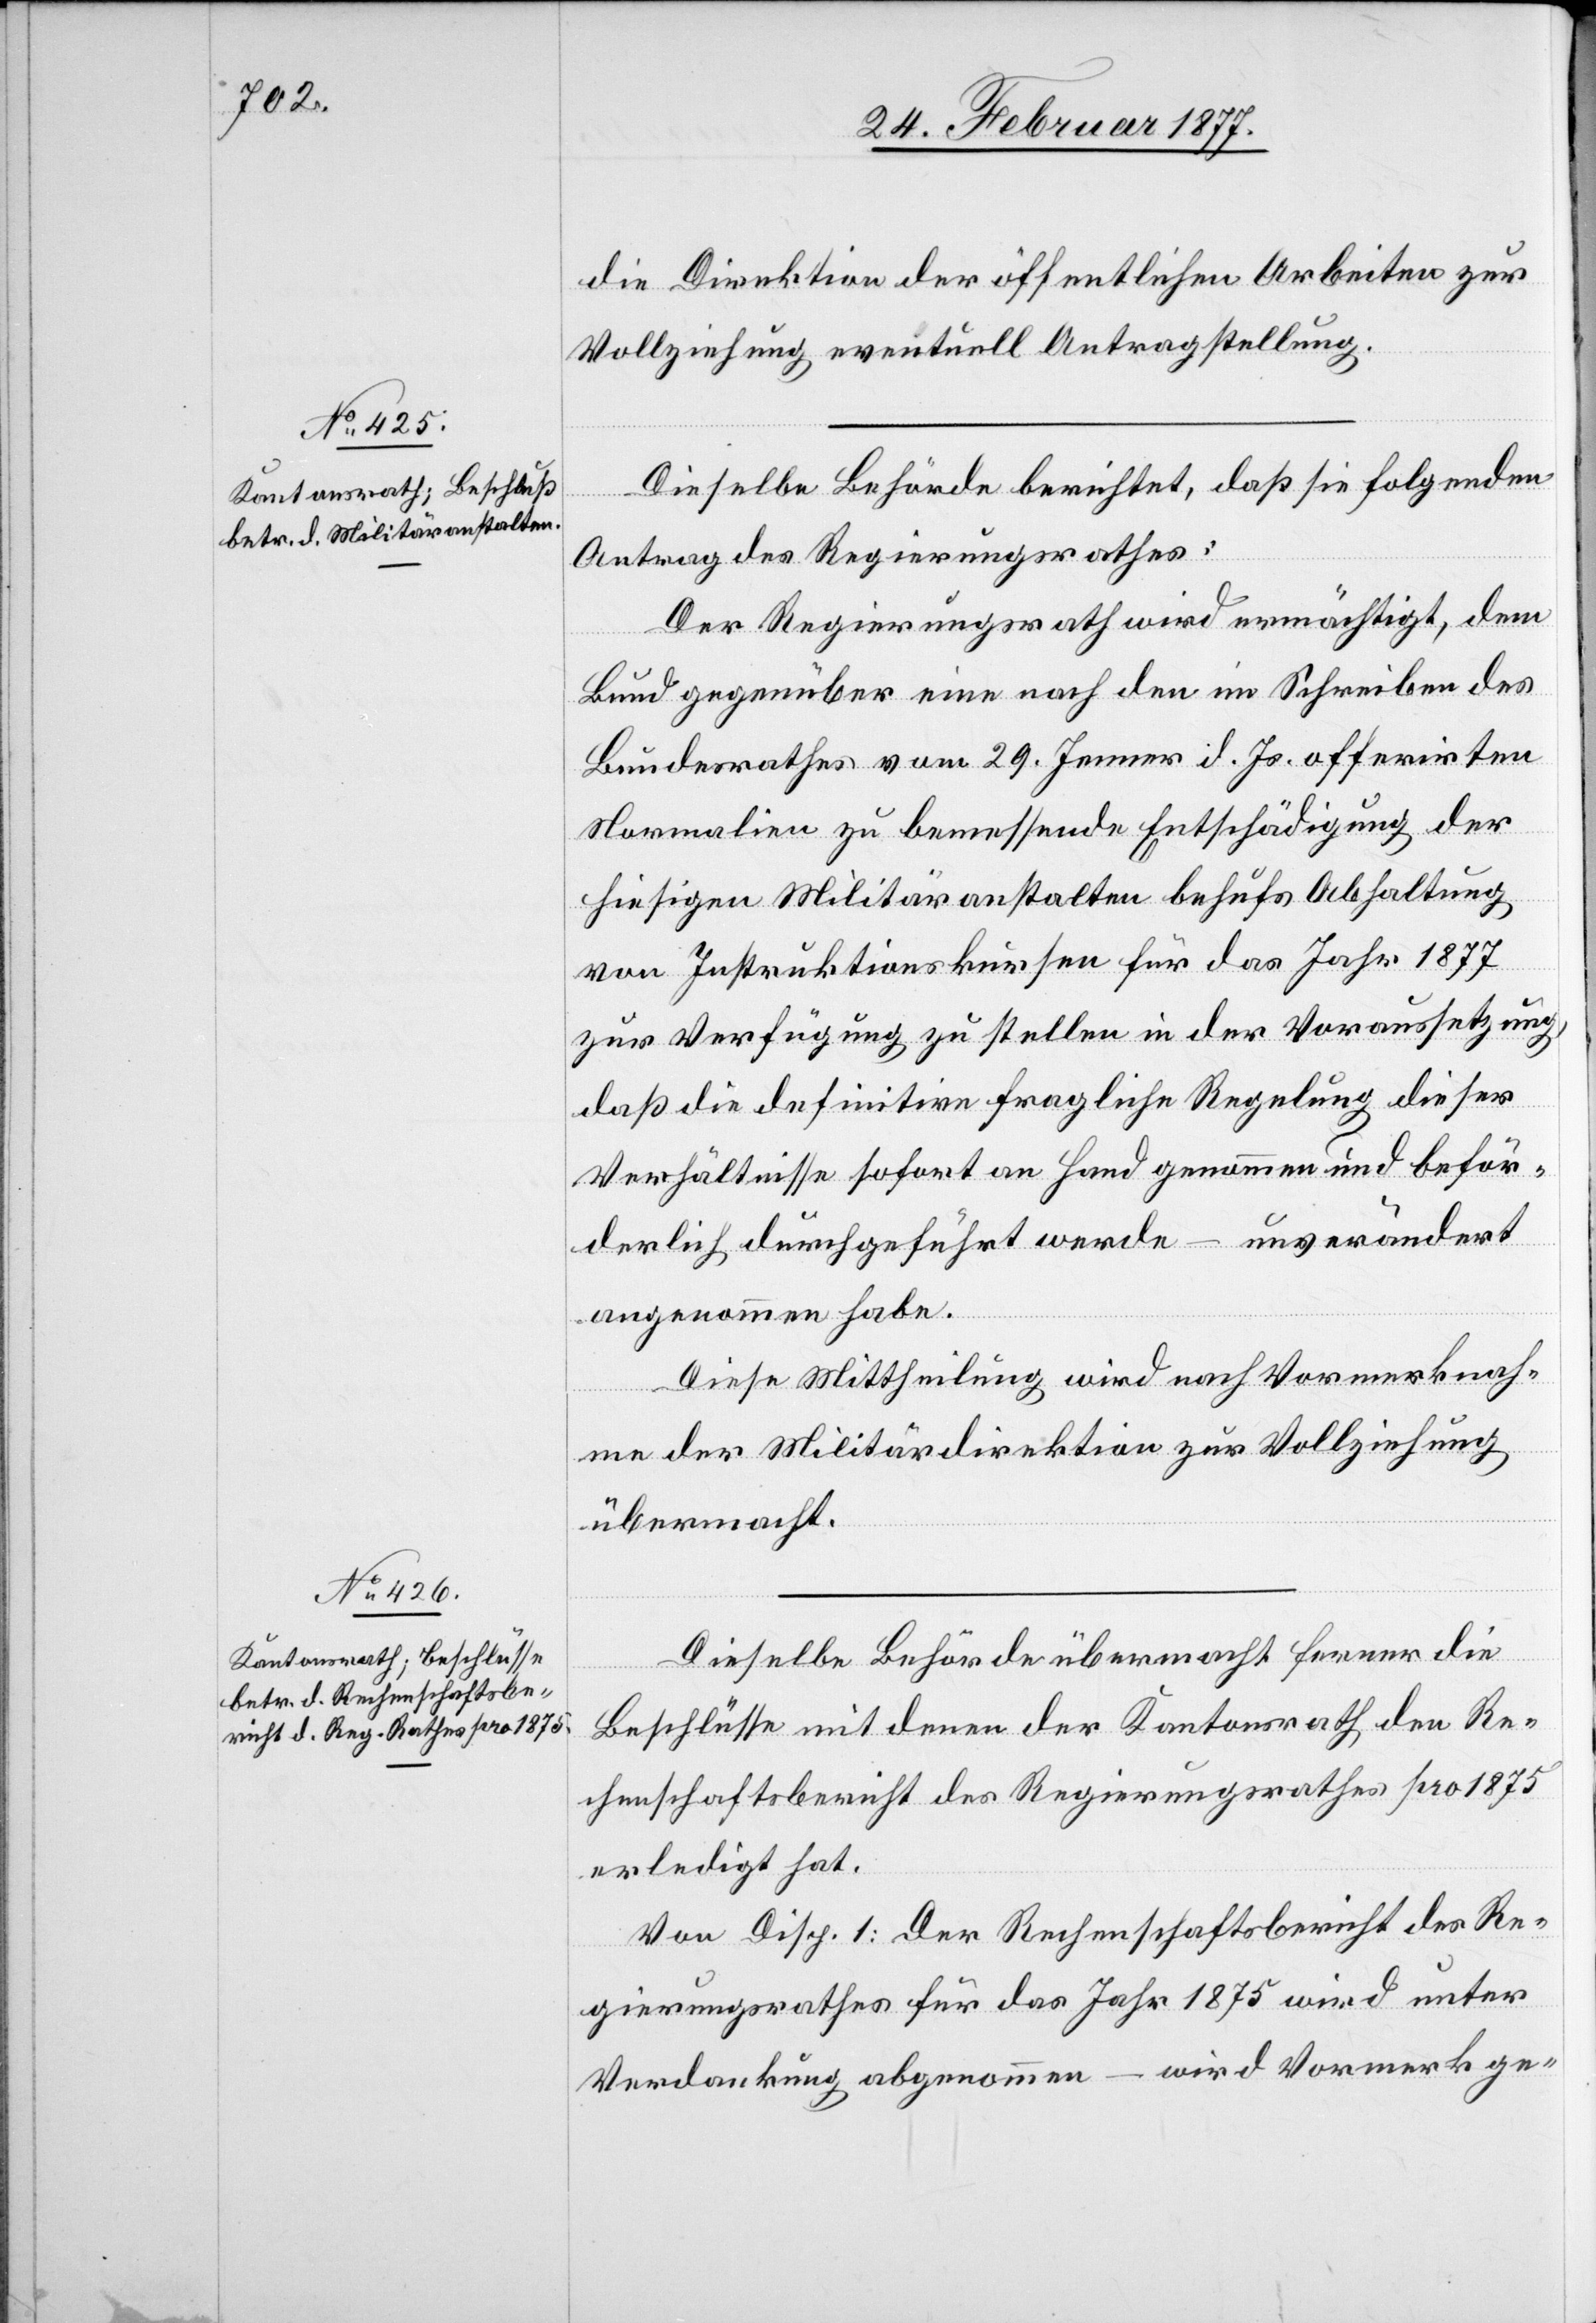
die Direktion der öffentlichen Arbeiten zur
Vollziehung eventuell Antragstellung.
Dieselbe Behörde berichtet, daß sie folgenden
Antrag des Regierungsrathes:
Der Regierungsrath wird ermächtigt, dem
Bund gegenüber eine nach den im Schreiben des
Bundesrathes vom 29. Jenner d. Js. offerirten
Normalien zu bemessende Entschädigung der
hiesigen Militäranstalten behufs Abhaltung
von Instruktionskursen für das Jahr 1877
zur Verfügung zu stellen in der Voraussetzung,
daß die definitive fragliche Regelung dieser
Verhältnisse sofort an Hand genommen und beför¬
derlich durchgeführt werde – unverändert
angenommen habe.
Diese Mittheilung wird nach Vormerknah¬
me der Militärdirektion zur Vollziehung
übermacht.
Dieselbe Behörde übermacht ferner die
Beschlüsse mit denen der Kantonsrath den Re¬
chenschaftsbericht des Regierungsrathes pro 1875
erledigt hat.
Von Disp. 1: Der Rechenschaftsbericht des Re¬
gierungsrathes für das Jahr 1875 wird unter
Verdankung abgenommen – wird Vormerk ge-